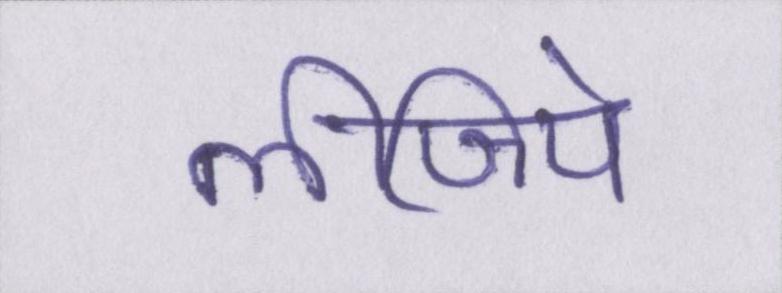
लीजिये